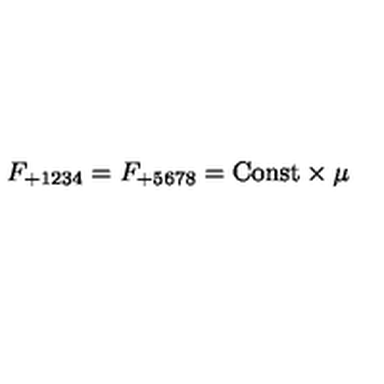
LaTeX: F _ { + 1 2 3 4 } = F _ { + 5 6 7 8 } = \mathrm { C o n s t } \times \mu